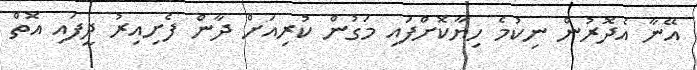
އޭނާ އެދޮރުން ނިކުމެ ހިޔާކޮށްފައި މަގުން ކުރިއަށް ދާން ފެށިއިރު ދީފައި އޮތް